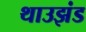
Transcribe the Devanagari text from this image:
थाउझंड